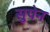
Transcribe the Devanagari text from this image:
सुपेन